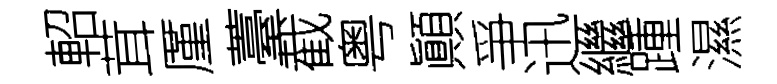
軺茸厪薹截粤顚爭迅繼踵濕